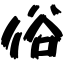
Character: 俗